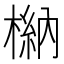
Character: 𣘆